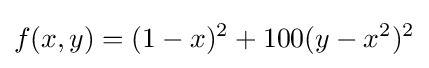
f(x,y)=(1-x)^{2}+100(y-x^{2})^{2}